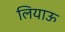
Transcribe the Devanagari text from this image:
लियाऊ